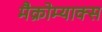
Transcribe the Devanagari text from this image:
मैक्रोम्याक्स